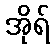
အိုရ်